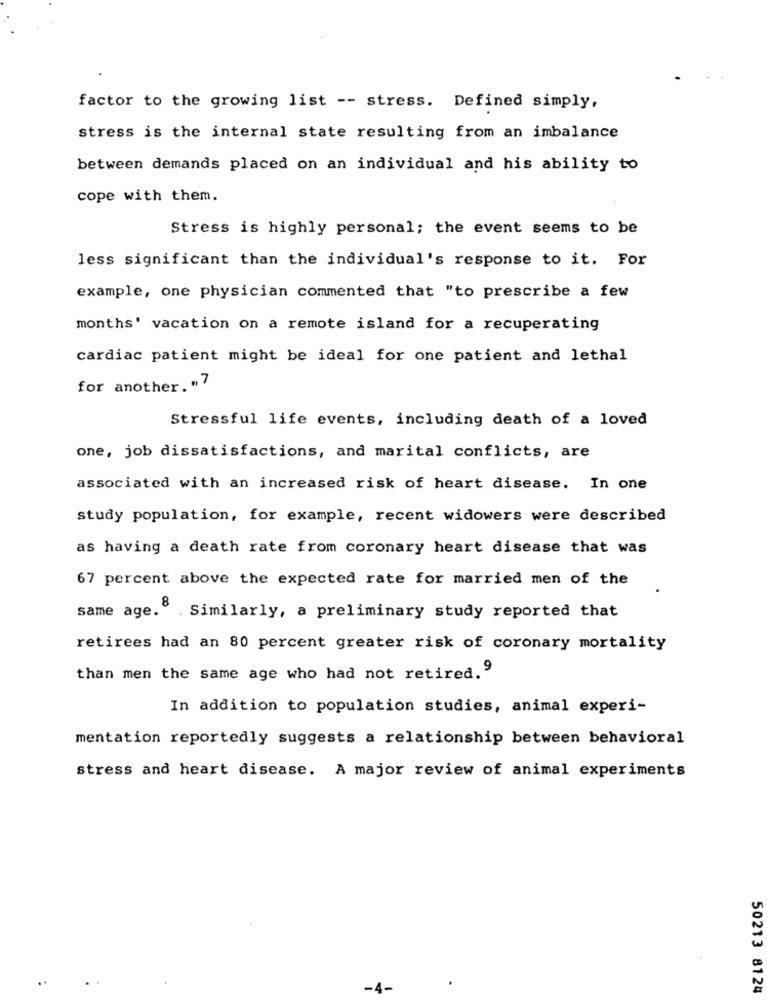
factor to the growing list -- stress. Defined simply,
stress is the internal state resulting from an imbalance
between demands placed on an individual and his ability to
cope with them.
Stress is highly personal; the event seems to be
less significant than the individual's response to it. For
example, one physician commented that "to prescribe a few
months' vacation on a remote island for a recuperating
cardiac patient might be ideal for one patient and lethal
for another. "7
Stressful life events, including death of a loved
one, job dissatisfactions, and marital conflicts, are
associated with an increased risk of heart disease. In one
study population, for example, recent widowers were described
as having a death rate from coronary heart disease that was
67 percent above the expected rate for married men of the
same age. . Similarly, a preliminary study reported that
retirees had an 80 percent greater risk of coronary mortality
than men the same age who had not retired.9
In addition to population studies, animal experi-
mentation reportedly suggests a relationship between behavioral
stress and heart disease. A major review of animal experiments
-4-
50213 8124